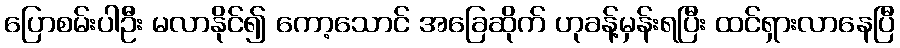
ပြောစမ်းပါဦး မလာနိုင်၍ ကော့သောင် အခြေဆိုက် ဟုခန့်မှန်းရပြီး ထင်ရှားလာနေပြီ